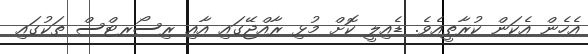
އެހެން އެކަން ކުރާތީއެވެ. ޑެއިލީ ކޮށް މުޅި ރާއްޖޭގައި އާއި ރިސޯރޓްސް ތަކުގައި